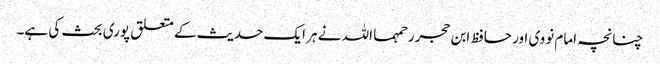
چنانچہ امام نووی اور حافظ ابن حجر رحمہما اللہ نے ہر ایک حدیث کے متعلق پوری بحث کی ہے۔